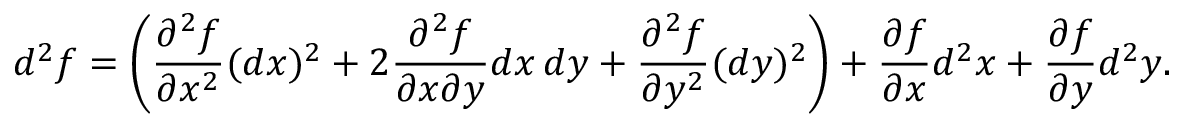
d ^ { 2 } f = \left( { \frac { \partial ^ { 2 } f } { \partial x ^ { 2 } } } ( d x ) ^ { 2 } + 2 { \frac { \partial ^ { 2 } f } { \partial x \partial y } } d x \, d y + { \frac { \partial ^ { 2 } f } { \partial y ^ { 2 } } } ( d y ) ^ { 2 } \right) + { \frac { \partial f } { \partial x } } d ^ { 2 } x + { \frac { \partial f } { \partial y } } d ^ { 2 } y .